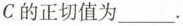
C的正切值为___.